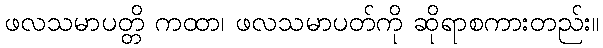
ဖလသမာပတ္တိ ကထာ၊ ဖလသမာပတ်ကို ဆိုရာစကားတည်း။